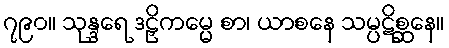
၇၉၀။ သုန္ဒရေ ဒဠှိကမ္မေ စာ၊ ယာစနေ သမ္ပဋိစ္ဆနေ။